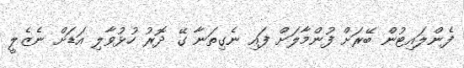
ފެންލައިޓުން ބޭރަށް ފުންމާލަށް ފައި ނެގިތަނާ ގޭ ދޮރު ހުޅުވާލި އަޑަށް ނެޒެލީ